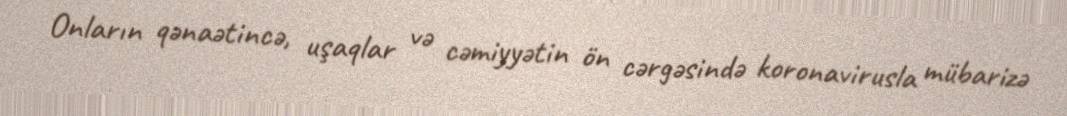
Onların qənaətincə, uşaqlar və cəmiyyətin ön cərgəsində koronavirusla mübarizə